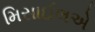
મિસાઈલએ